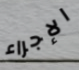
الإجراء